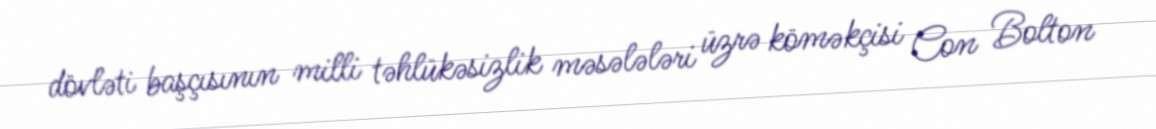
dövləti başçısının milli təhlükəsizlik məsələləri üzrə köməkçisi Con Bolton